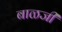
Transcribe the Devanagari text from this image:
बाळजी